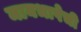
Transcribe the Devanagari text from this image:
मायभाषेची